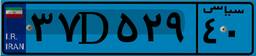
۳۷D۵۲۹۴۰